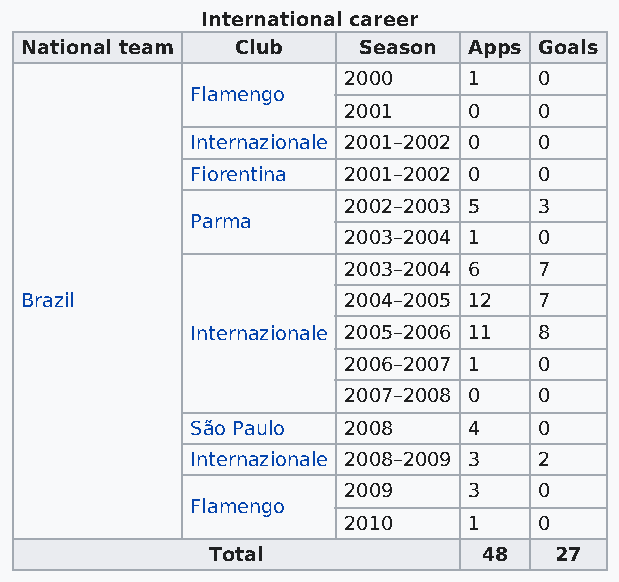
International career
 National team  Club    Season Apps Goals
 2000    1    0
 Flamengo
 2001    0    0
 Internazionale 2001–2002 0 0
 Fiorentina 2001–2002 0 0
 2002–2003 5  3
 Parma
 2003–2004 1  0
 2003–2004 6  7
 Brazil                2004–2005 12 7
 Internazionale 2005–2006 11 8
 2006–2007 1  0
 2007–2008 0  0
 São Paulo 2008    4    0
 Internazionale 2008–2009 3 2
 2009    3    0
 Flamengo
 2010    1    0
 Total             48   27